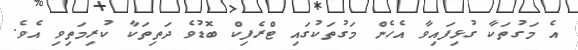
އެ މަގުތަކާ ގުޅިފައިވާ އެހެން މަގުތަކުގައި ޓްރެފިކް ބޮޑުވެ ދަތިތަކާ ކުރިމަތިވި އެވެ.